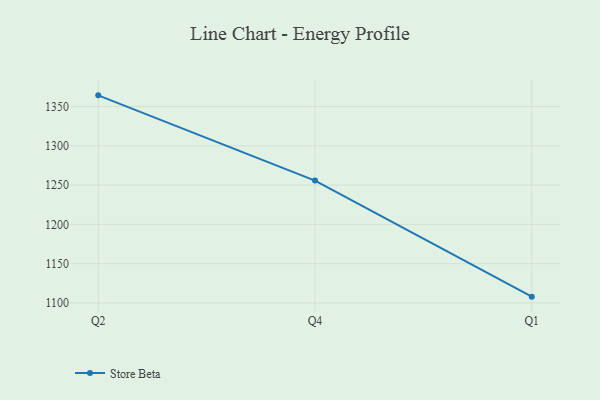
{"axis": {"x": "Quarter", "y": "Inventory Turnover"}, "legend": ["Store Beta"], "data": [{"x": "Q2", "y": 1364.3, "type": "Store Beta"}, {"x": "Q4", "y": 1255.8, "type": "Store Beta"}, {"x": "Q1", "y": 1108.0, "type": "Store Beta"}]}